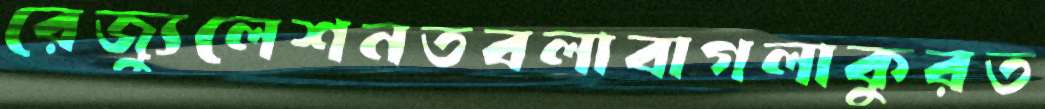
রেজ্যুলেশনতবলাবাগলাকুরত